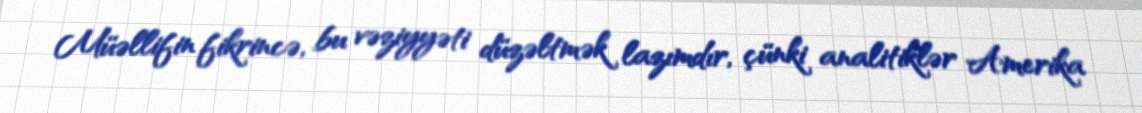
Müəllifin fikrincə, bu vəziyyəti düzəltmək lazımdır, çünki analitiklər Amerika